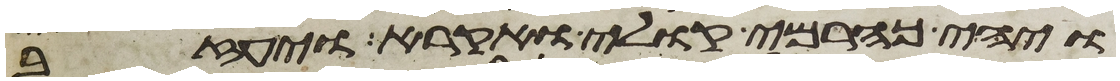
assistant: ויהי כהרמי קולי ואקרא ויעזב